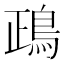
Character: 鴊